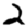
Digit: 2